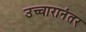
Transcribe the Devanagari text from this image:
उच्चारानंतर